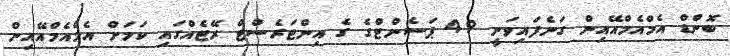
ބޮންޑް އެމްއެމްއޭއިން ގަނެފައިވަނީ 4.9 ޕަސެންޓްގެ ގެ އިންޓަރެސްޓް ރޭޓެއްގައި ކަމަށް އެމްއެމްއޭއިން